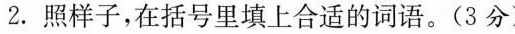
2. 照样子，在括号里填上合适的词语。(3分)